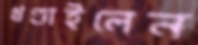
খণ্ডাইলেন